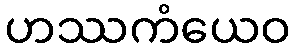
ဟဿကံယေဝ